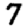
Digit: 7